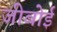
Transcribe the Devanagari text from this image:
जीबोई